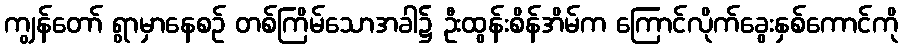
ကျွန်တော် ရွာမှာနေစဉ် တစ်ကြိမ်သောအခါ၌ ဦးထွန်းစိန်အိမ်က ကြောင်လိုက်ခွေးနှစ်ကောင်ကို